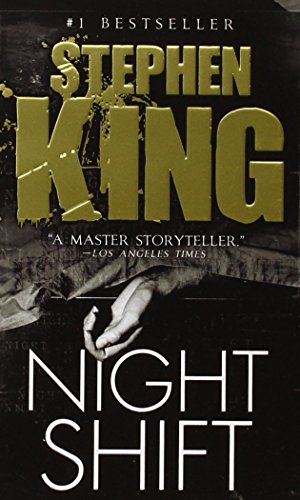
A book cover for Night Shift; Stephen King; Mystery, Thriller & Suspense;